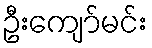
ဦးကျော်မင်း